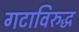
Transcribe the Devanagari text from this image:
गटाविरुद्ध